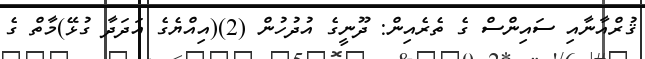
ޤުރްއާނާއި ސައިންސް ގެ ތެރެއިން: ދޫނީގެ އުދުހުން (2)(އިއްޔެގެ އަދަދާ ގުޅޭ)މާތް ގެ